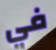
في